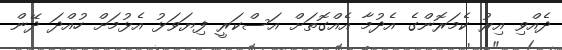
ދެއްވި އިރު ކެމަރޮންގެ އެދުމާ އެއްގޮތަށް އަސްކަރީ ފިޔަވަޅު އެޅުމަށް ހުއްދަ ދޭން